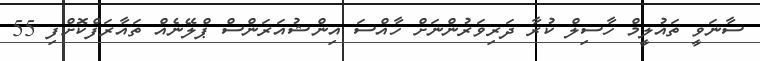
ސާނަވީ ތައުލީމް ހާސިލް ކުރާ ދަރިވަރުންނަށް ހާއްސަ އިންޝުއަރަންސް ޕްލޭނެއް ތައާރަފްކޮށްފި 55